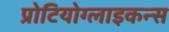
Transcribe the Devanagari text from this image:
प्रोटियोग्लाइकन्स